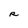
Character: R